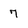
Character: 7